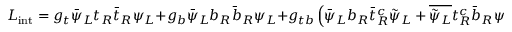
{ \cal L } _ { \mathrm { i n t } } = g _ { t } \bar { \psi } _ { L } t _ { R } \bar { t } _ { R } \psi _ { L } + g _ { b } \bar { \psi } _ { L } b _ { R } \bar { b } _ { R } \psi _ { L } + g _ { t b } \left( \bar { \psi } _ { L } b _ { R } \bar { t } _ { R } ^ { c } \tilde { \psi } _ { L } + \overline { { { \tilde { \psi } _ { L } } } } t _ { R } ^ { c } \bar { b } _ { R } \psi _ { L } \right) ,